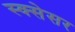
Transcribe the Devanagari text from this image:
स्क्सेसर